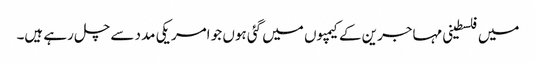
میں فلسطینی مہاجرین کے کیمپوں میں گئی ہوں جو امریکی مدد سے چل رہے ہیں۔